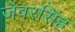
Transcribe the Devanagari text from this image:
जेवरसिंह